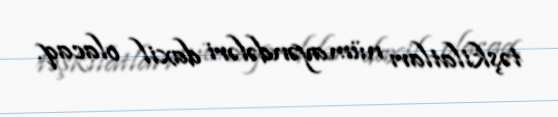
təşkilatları nümayəndələri daxil olacaq.